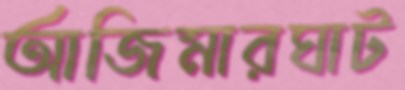
আজিমারঘাট